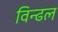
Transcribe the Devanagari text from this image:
विन्ढल